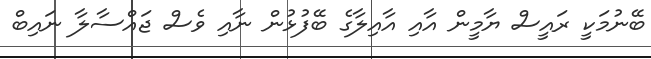
ބޭނުމަކީ ރައީސް ޔާމީން އާއި އާއިލާގެ ބޭފުޅުން ނާއި ވެސް ޖައްސާލާ ނައިބް